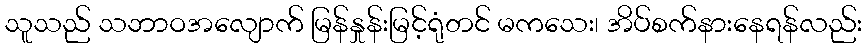
သူသည် သဘာဝအလျောက် မြန်နှုန်းမြင့်ရုံတင် မကသေး၊ အိပ်စက်နားနေရန်လည်း